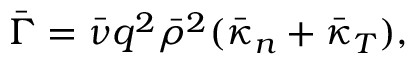
\Bar { \Gamma } = \Bar { \nu } q ^ { 2 } \Bar { \rho } ^ { 2 } ( \Bar { \kappa } _ { n } + \Bar { \kappa } _ { T } ) ,